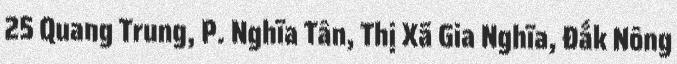
25 Quang Trung, P. Nghĩa Tân, Thị Xã Gia Nghĩa, Đắk Nông